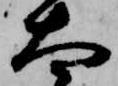
太